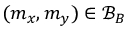
( m _ { x } , m _ { y } ) \in \mathcal { B } _ { B }